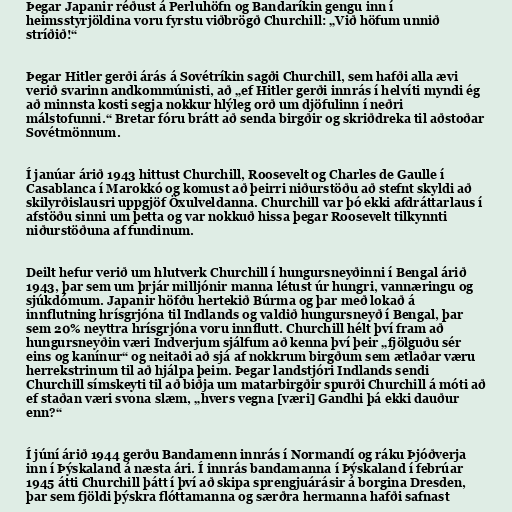
Þegar Japanir réðust á Perluhöfn og Bandaríkin gengu inn í
heimsstyrjöldina voru fyrstu viðbrögð Churchill: „Við höfum unnið
stríðið!“

Þegar Hitler gerði árás á Sovétríkin sagði Churchill, sem hafði alla ævi
verið svarinn andkommúnisti, að „ef Hitler gerði innrás í helvíti myndi ég
að minnsta kosti segja nokkur hlýleg orð um djöfulinn í neðri
málstofunni.“ Bretar fóru brátt að senda birgðir og skriðdreka til aðstoðar
Sovétmönnum.

Í janúar árið 1943 hittust Churchill, Roosevelt og Charles de Gaulle í
Casablanca í Marokkó og komust að þeirri niðurstöðu að stefnt skyldi að
skilyrðislausri uppgjöf Öxulveldanna. Churchill var þó ekki afdráttarlaus í
afstöðu sinni um þetta og var nokkuð hissa þegar Roosevelt tilkynnti
niðurstöðuna af fundinum.

Deilt hefur verið um hlutverk Churchill í hungursneyðinni í Bengal árið
1943, þar sem um þrjár milljónir manna létust úr hungri, vannæringu og
sjúkdómum. Japanir höfðu hertekið Búrma og þar með lokað á
innflutning hrísgrjóna til Indlands og valdið hungursneyð í Bengal, þar
sem 20% neyttra hrísgrjóna voru innflutt. Churchill hélt því fram að
hungursneyðin væri Indverjum sjálfum að kenna því þeir „fjölguðu sér
eins og kanínur“ og neitaði að sjá af nokkrum birgðum sem ætlaðar væru
herrekstrinum til að hjálpa þeim. Þegar landstjóri Indlands sendi
Churchill símskeyti til að biðja um matarbirgðir spurði Churchill á móti að
ef staðan væri svona slæm, „hvers vegna [væri] Gandhi þá ekki dauður
enn?“

Í júní árið 1944 gerðu Bandamenn innrás í Normandí og ráku Þjóðverja
inn í Þýskaland á næsta ári. Í innrás bandamanna í Þýskaland í febrúar
1945 átti Churchill þátt í því að skipa sprengjuárásir á borgina Dresden,
þar sem fjöldi þýskra flóttamanna og særðra hermanna hafði safnast